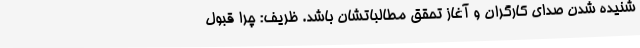
شنیده شدن صدای کارگران و آغاز تحقق مطالباتشان باشد. ظریف: چرا قبول